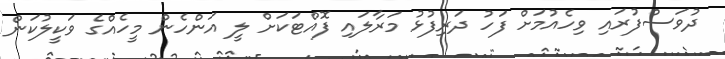
ދުވަސްފުރައި ވިހެއުމަށް ފަހު ދަރިފުޅު މަރާލައި ފޮއްޓަކަށް ލީ އަންހެން މީހެއްގެ ވަކީލުކަން